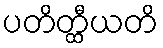
ပတိတ္ထီယတိ